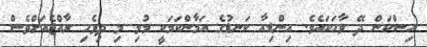
އިސްކަން ދޭ ވާހަކައެވެ. އިންޑިއާ ކަނޑުގެ އަމާންކަމަކީ މުޅި މި ދިވެހި ރާއްޖެއަށްވެސް